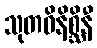
သုတဝိနိစ္ဆိနီ